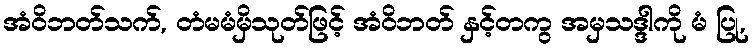
အံဝိဘတ်သက်, တံမမံမှိသုတ်ဖြင့် အံဝိဘတ် နှင့်တကွ အမှသဒ္ဒါကို မံ ပြု,